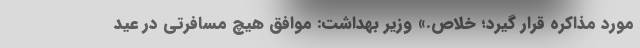
مورد مذاکره قرار گیرد؛ خلاص.» وزیر بهداشت: موافق هیچ مسافرتی در عید